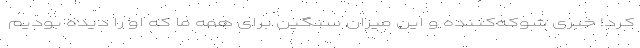
کرد! خبری شوکه‌کننده و این میزان سنگین برای همه ما که او را دیده بودیم